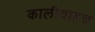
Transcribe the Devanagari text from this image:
कालीवाहन्न